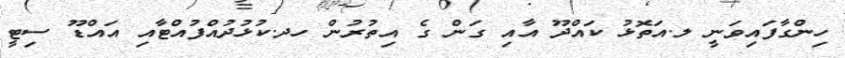
ހިންގާފައިވަނީ ލ.އަތޮޅު ކައްދޫ އާއި ގަން ގެ އިތުރުން ހދ.ކުޅުދުއްފުއްޓާއި އައްޑޫ ސިޓީ